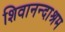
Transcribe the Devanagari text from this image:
शिवानन्दाश्रम